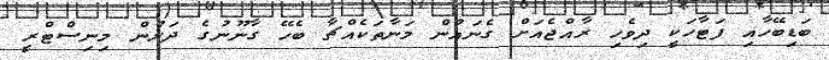
ބަޑިބޭހާއި ފަޓާހަކީ ދިވެހި ރާއްޖެއަށް ގެނައުން މަނާތަކެއްޗާ ބެހޭ ގާނޫނުގެ ދަށުން މިނިސްޓްރީ